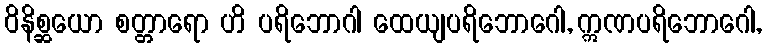
ဝိနိစ္ဆယော စတ္တာရော ဟိ ပရိဘောဂါ ထေယျပရိဘောဂေါ, ဣဏပရိဘောဂေါ,